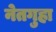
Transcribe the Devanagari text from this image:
नेतगुहा